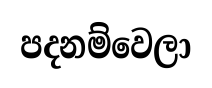
පදනම්වෙලා